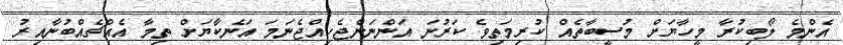
އެންމެ ލޯބިކުރާ މީހާޔަށް މުސީބާތެއް ކުރިމަތިވެ ކަރުނަ އަންނަންޖެހިއްޖެނަމަ އަނެކާޔަށް ތިމާ އެއްޗެއްބުނާއިރު